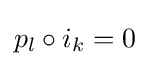
p_{l}\circ i_{k}=0